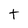
Character: t